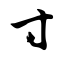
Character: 寸